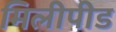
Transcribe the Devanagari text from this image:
मिलीपीड